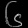
Digit: ၆